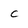
Character: c